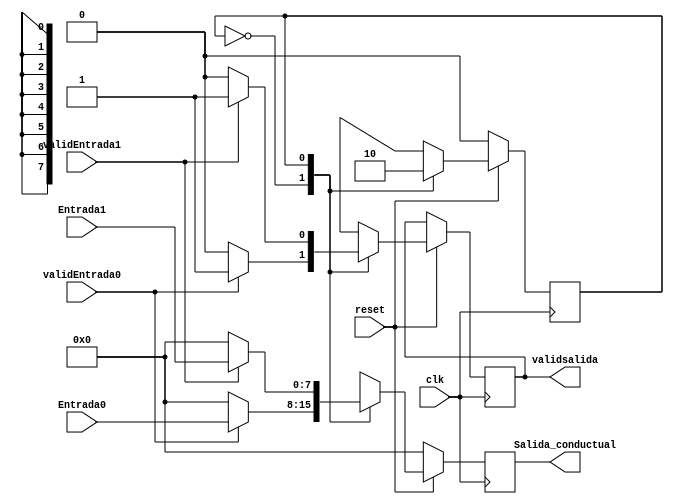
module mux2x1 (output reg [7:0] Salida_conductual,
            output reg validsalida,
            
	    input [7:0] Entrada0,
            input [7:0] Entrada1,
            input validEntrada0,
            input validEntrada1,
            input clk,
            input reset);
            
reg selector;        
        always@(posedge clk) begin
           
        
                if (reset==1)begin //Si el reset es 1 el flop puede tomar el valor de alguna de las dos entradas
                     selector <= 0;
                    case(selector)
                        0:  begin
                            
                          if (validEntrada0==1) begin
                             Salida_conductual<=Entrada0; // Segun el valor del selector este dato ir a la salida del flop
                              validsalida<=1; 
                          end
                                else begin
                                Salida_conductual<=0;
                                validsalida<=0;
                                end
                             
                                selector <= 1;  //Cambia para toamr Entrada1
                        end

                        1:   begin
                                if(validEntrada1==1) begin
                                 Salida_conductual<=Entrada1;
                                 validsalida<=1;
                                end
                                
                            else begin
                            
                                Salida_conductual<=0;
                                validsalida<=0;
                                end
                            selector<=0;//Cambia para tomar entrada 0
                        end
                    endcase
                end    
                else begin
                Salida_conductual<=0; //Condicion dada en el enunciado, si el reset es cero el flop toma valor de 00
                #2 selector<=0;
                end
            end
endmodule